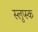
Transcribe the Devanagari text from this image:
स्लुप्स्क